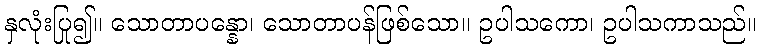
နှလုံးပြု၍။ သောတာပန္နော၊ သောတာပန်ဖြစ်သော။ ဥပါသကော၊ ဥပါသကာသည်။